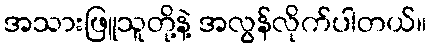
အသားဖြူသူတို့နဲ့ အလွန်လိုက်ပါတယ်။